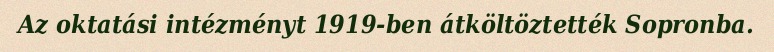
Az oktatási intézményt 1919-ben átköltöztették Sopronba.